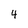
Character: 4